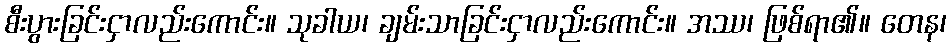
စီးပွားခြင်းငှာလည်းကောင်း။ သုခါယ၊ ချမ်းသာခြင်းငှာလည်းကောင်း။ အဿ၊ ဖြစ်ရာ၏။ တေန၊